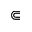
\Subset